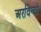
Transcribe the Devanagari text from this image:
अरविन्दो